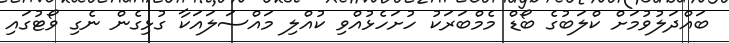
ބައްދަލުވުމަށް ކްލަބުގެ ބޯޑް މެމްބަރަކު ހުށަހެޅުއްވި ކުއްލި މައްސަލައަކާ ގުޅިގެން ނެގި ވޯޓުގައި